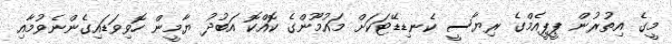
މީގެ އިތުރުން ޕީޕީއެމްގެ ރިޔާސީ ކެނޑިޑޭޓަކަށް މައުމޫންގެ ކޮއްކޮ އަބުދު ޔާމީން ހޮވިވަޑައިގެންނެވުމާއި